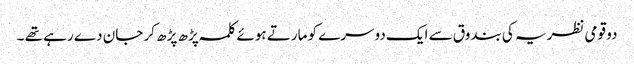
دو قومی نظریہ کی بندوق سے ایک دوسرے کو مارتے ہوئے کلمہ پڑھ پڑھ کر جان دے رہے تھے ۔